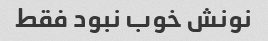
نونش خوب نبود فقط